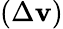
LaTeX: (\Delta\mathbf{v})